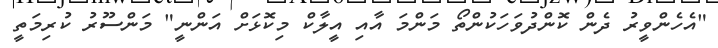
"އެހެންވީރު ދެން ކޮންދުވަހަކުންތޯ މަންމަ އާއި އީލާކް މިކޮޅަށް އަންނީ" މަންސޫރު ކުރިމަތީ